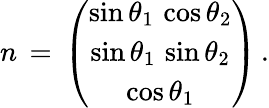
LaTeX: n\, =\, \left(\begin{array}{c}{{\sin\theta_{1}\, \cos\theta_{2}}}\\ {{\sin\theta_{1}\, \sin\theta_{2}}}\\ {{\cos\theta_{1}}}\end{array}\right)\, .